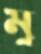
মূ